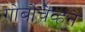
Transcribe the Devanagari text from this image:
गोर्बोचेव्हने